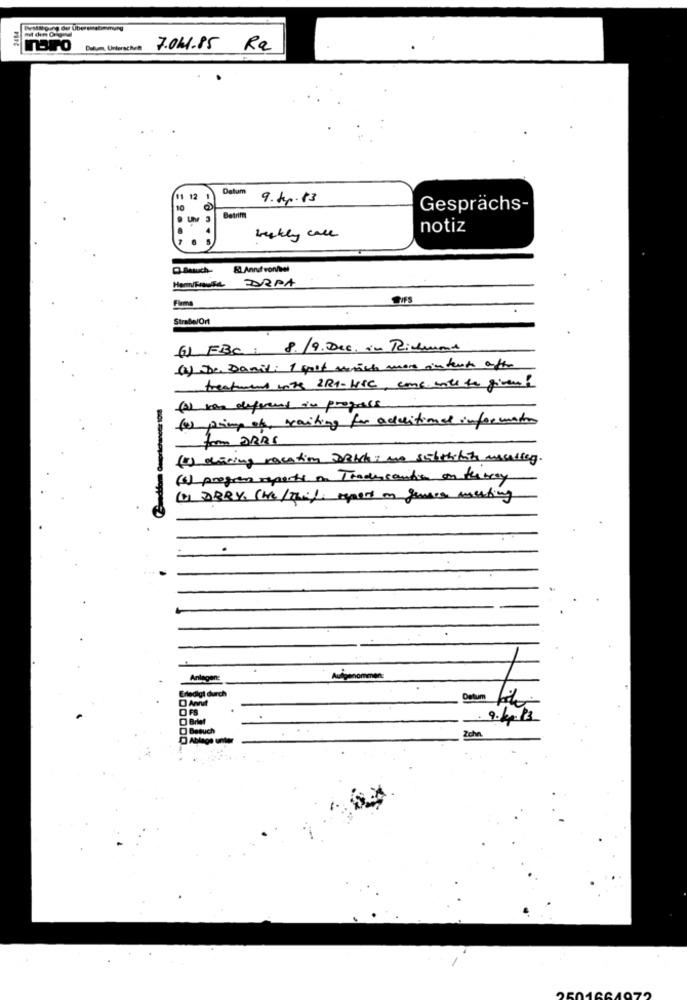
TOPO
Dulum, UnterschR
7.041.85 Rx
Datum
11 12
9.Sep.13
Betrim
Gesprächs-
Un
3
notiz
Leskly call
El Anruf von/bel
ARPA
Hem/Front
Strabe/Ort
() FBC: 8./9.Die, in Richmond
(.) De Danili 1 soit which more intents after
treatment with 2R1-HSC, come with to given!
(2) kan deferens in progress
(1) primp of waiting for additional information
for DRAS
(5) oraring vacation sotchi me sichthefury macalicy.
(4) program reports on Tradesantis on teatroy
(1) DERY, (He/ This report on genera meeting
---- 2
Anlagen:
Aufgenommen:
Erledigt durch
Detum
OFS
O Brief
9.413
Besuch
Ablage
Zche.